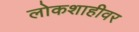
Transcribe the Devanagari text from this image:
लोकशाहीवर